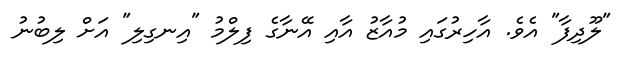
"ލޫދިފާ" އެވެ. އާހިރުގައި މުއާޒު އާއި އޭނާގެ ފިލްމު "އިނގިލި" އަށް ލިބުނު